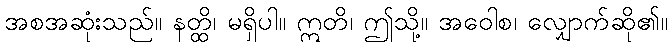
အစအဆုံးသည်။ နတ္ထိ၊ မရှိပါ။ ဣတိ၊ ဤသို့။ အဝေါစ၊ လျှောက်ဆို၏။